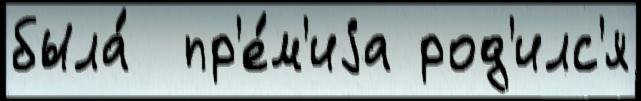
была́  пр'е́м'иjа род'илс'я